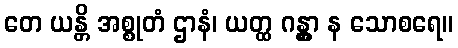
တေ ယန္တိ အစ္စုတံ ဌာနံ၊ ယတ္ထ ဂန္တွာ န သောစရေ။